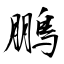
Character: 鵬